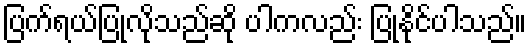
ပြက်ရယ်ပြုလိုသည်ဆို ပါကလည်း ပြုနိုင်ပါသည်။